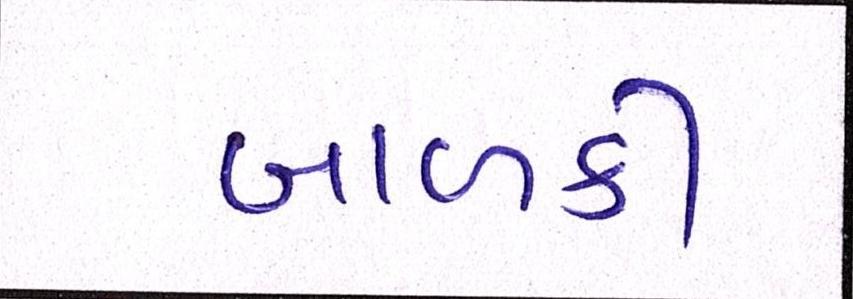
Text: બાળકી